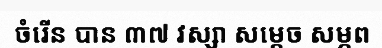
ចំរើន បាន ៣៧ វស្សា សម្តេច សម្ភព